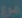
منع